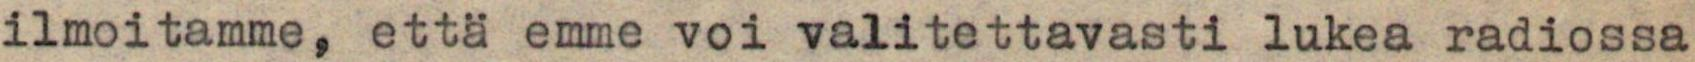
ilmoitamme, että emme voi valitettavasti lukea radiossa